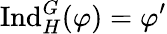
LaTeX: {\mathrm{Ind}}_{H}^{G}(\varphi)=\varphi^{\prime}